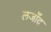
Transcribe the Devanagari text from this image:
लजाँद्र